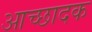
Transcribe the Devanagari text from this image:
आच्छादक